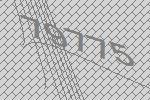
79775